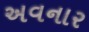
અવનાર